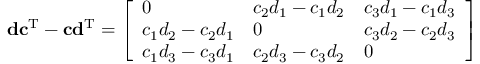
\mathbf { d } \mathbf { c } ^ { \mathrm { T } } - \mathbf { c } \mathbf { d } ^ { \mathrm { T } } = { \left[ \begin{array} { l l l } { 0 } & { c _ { 2 } d _ { 1 } - c _ { 1 } d _ { 2 } } & { c _ { 3 } d _ { 1 } - c _ { 1 } d _ { 3 } } \\ { c _ { 1 } d _ { 2 } - c _ { 2 } d _ { 1 } } & { 0 } & { c _ { 3 } d _ { 2 } - c _ { 2 } d _ { 3 } } \\ { c _ { 1 } d _ { 3 } - c _ { 3 } d _ { 1 } } & { c _ { 2 } d _ { 3 } - c _ { 3 } d _ { 2 } } & { 0 } \end{array} \right] }